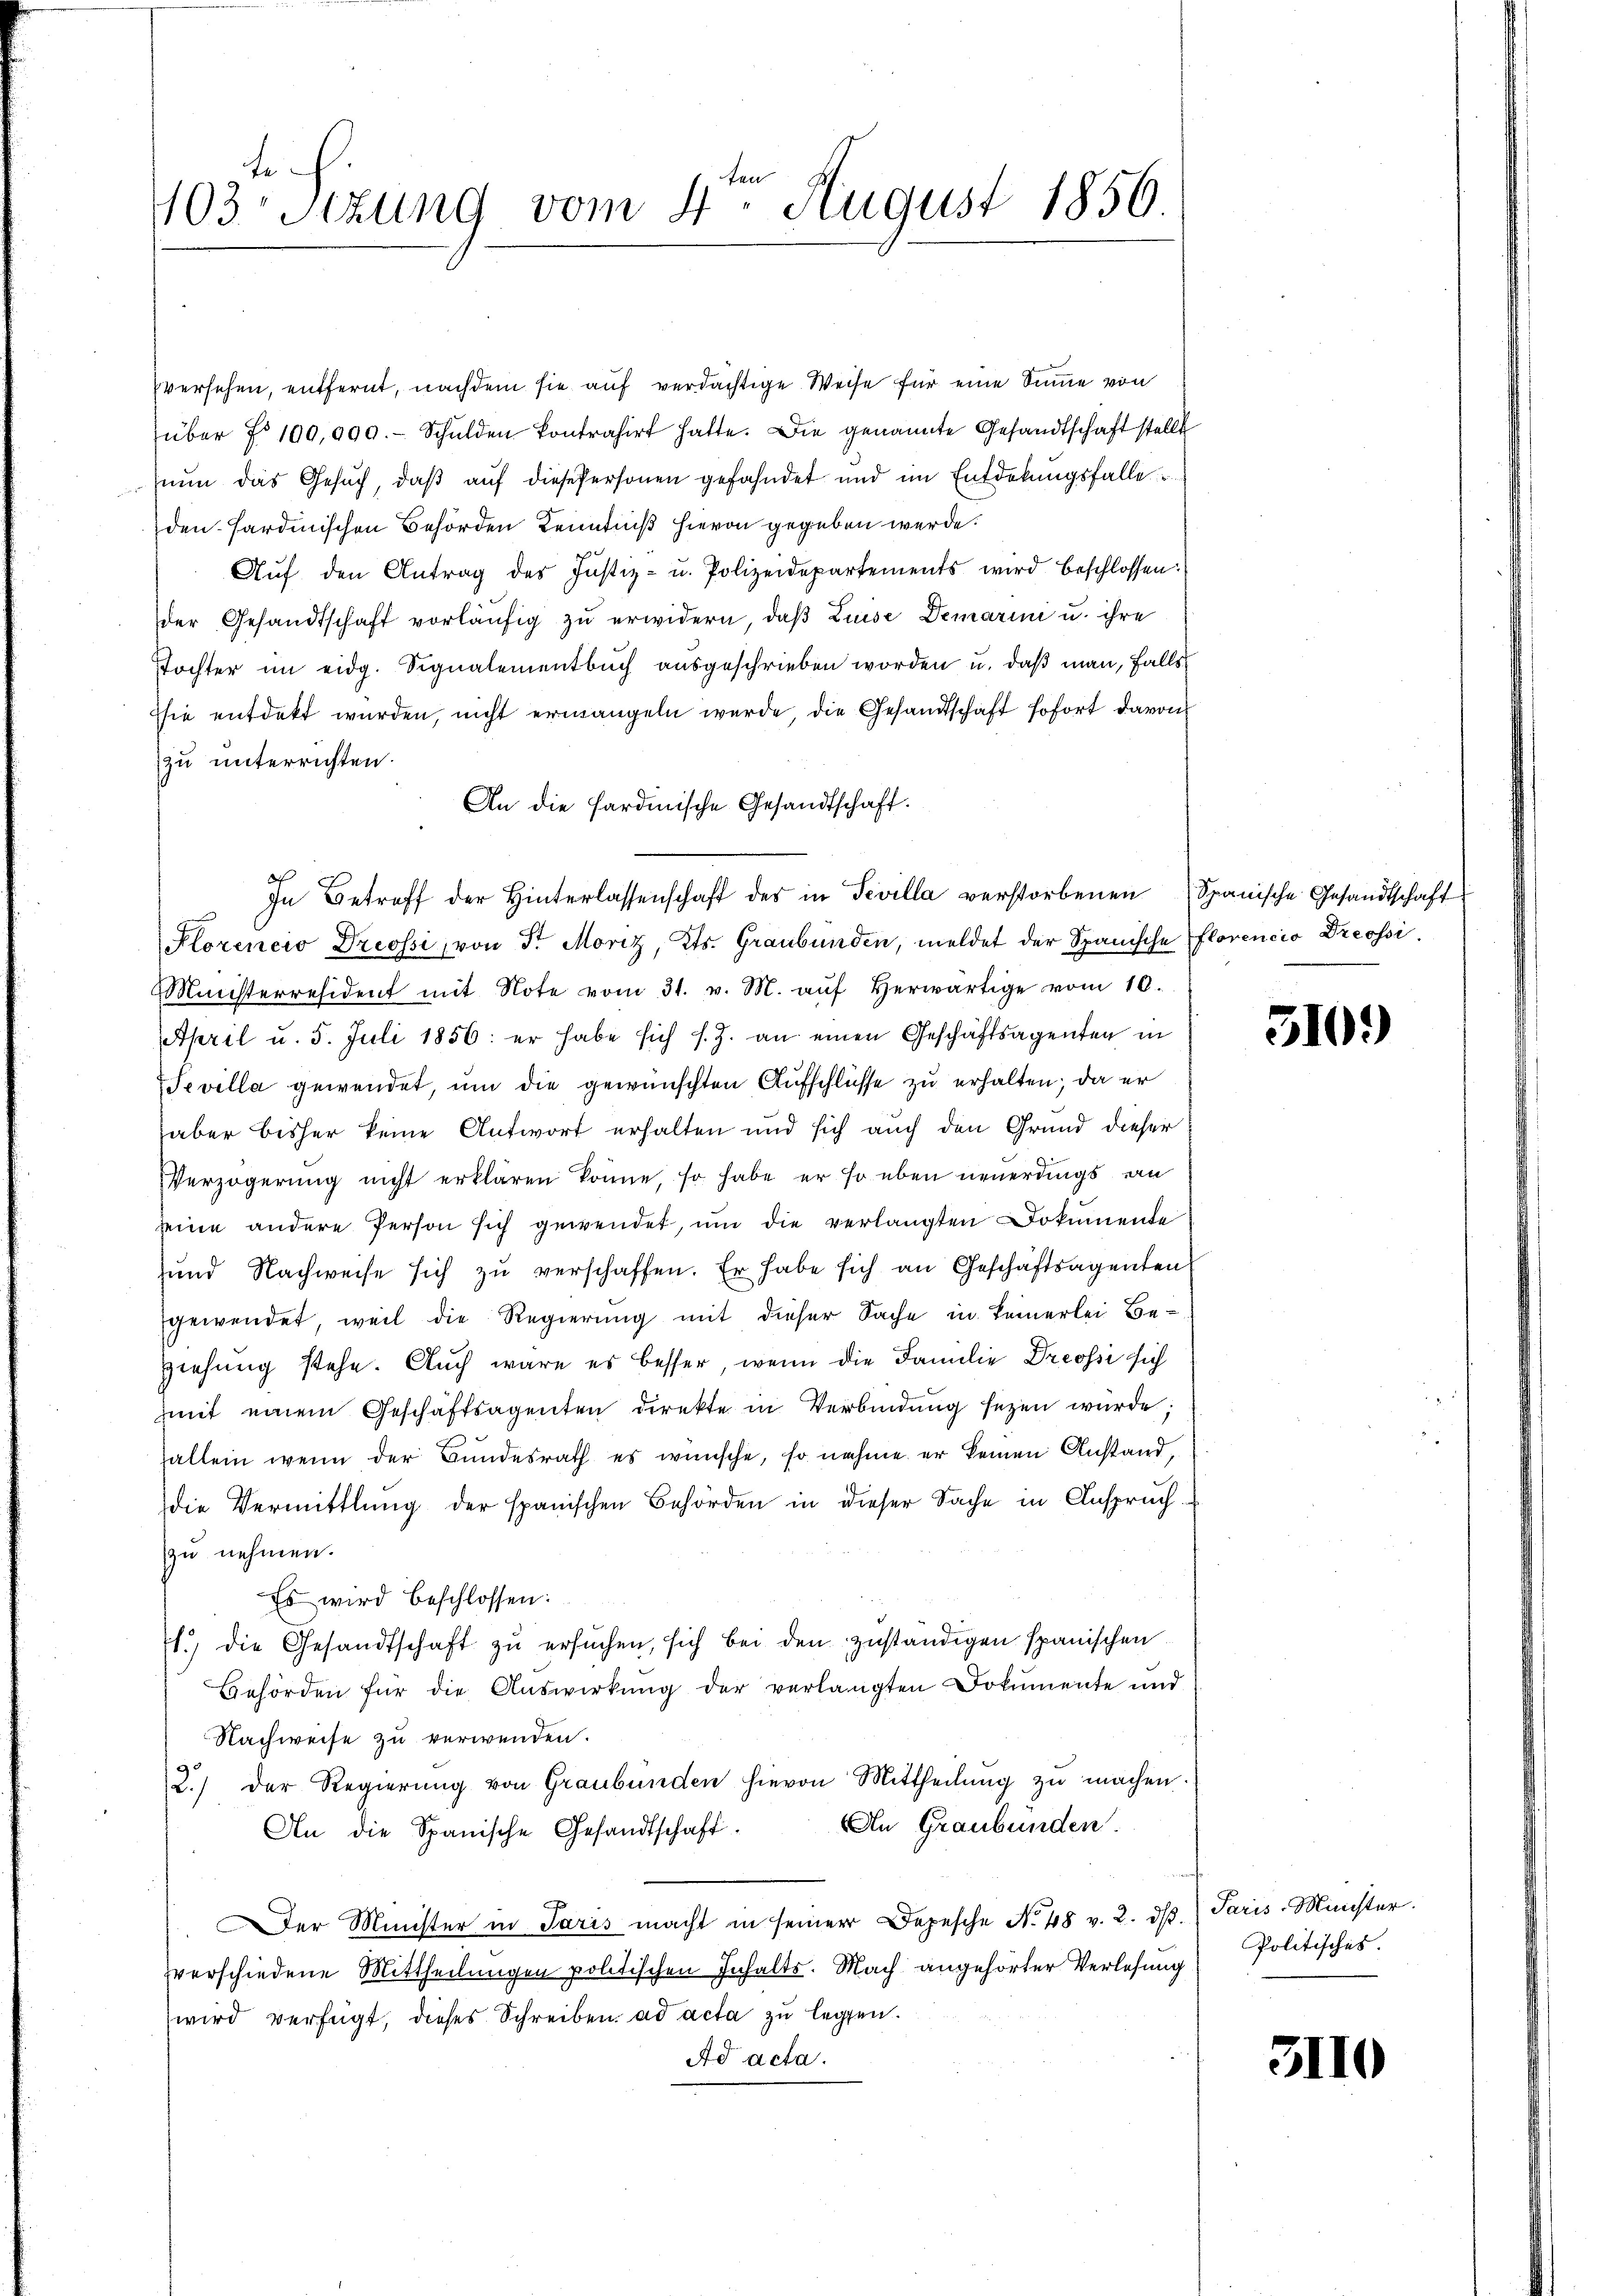
te
103. Sizung vom 4. August 1856.

sversehen, entfernt, nachdem sie auf verdächtige Weise für eine Summe von
über No 100,000.- Schulden kontrahirt hatte. Die genannte Gesandtschaft stellt
zium das Gesuch, daß auf diese Personen gefahndet und im Entdekungsfalle
den sardinischen Behörden Kenntniß hievon gegeben werde.
Aŭf den Antrag des Justiz- u. Polizeidepartements wird beschlossen:
der Gesandtschaft vorläufig zu erwidern, daß Luise Demarini u. ihre
Tochter im eidg. Signalementbuch ausgeschrieben worden u. daß man, falls
sie entdekt wurden, nicht erwangeln werde, die Gesandtschaft sofort davon
zu unterrichten.
An die sardinische Gesandtschaft.
In Betreff der Hinterlassenschaft des in Tevilla verstorbenen Spanische Gesandtschaft
Plorencio Dreossi, von Sr. Moriz, Kts. Graubünden, meldet der Spanische florencio Dreossi¬
Ministerresident mit Note vom 31. v. M. aŭf herwärtige vom 10.
April u. 5. Juli 1856: er habe sich s. Z. an einen Geschäftsagenten in
Tevilla gewendet, um die gewünschten Aufschlüsse zu erhalten; da er
aber bisher keine Antwort erhalten und sich auch den Grund dieser
Verzögerung nicht erklären könne, so habe er so eben neuerdings an
seine andere Person sich gewendet, um die verlangten Dokumente
und Nachweise sich zu verschaffen. Er habe sich an Geschäftsagenten
gewendet, weil die Regierung mit dieser Sache in keinerlei Be¬
Ziehung stehe. Auch wäre es besser, wenn die Familie Dreossi sich
mit einem Geschäftsagenten direkte in Verbindung sezen wurde.
zallein wenn der Bundesrath es wünsche, so nahme er keinen Anstand,
die Vermittlung der spanischen Behörden in dieser Sache in Anspruchzu nehmen.
Es wird beschlossen:
l. die Gesandtschaft zŭ ersŭchen, sich bei den zuständigen spanischen
Behörden für die Aŭswirkŭng der verlangten Dokumente und
Nachweise zu verwenden.
2.) Der Regierung von Graubünden hievon Mittheilung zu machen
An die Spanische Gesandtschaft. An Graubünden.
Der Minister in Paris macht in seiner Depesche No 48 v. 2. dβ. Paris-Minister.
verschiedene Mittheilungen politischen Inhalts. Nach angehörter Verlesung
wird verfügt, dieses Schreiben ad acta zu legen.
Ad acta.

510.

Politisches.

3110